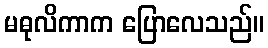
မဓုလိကာက ပြောလေသည်။